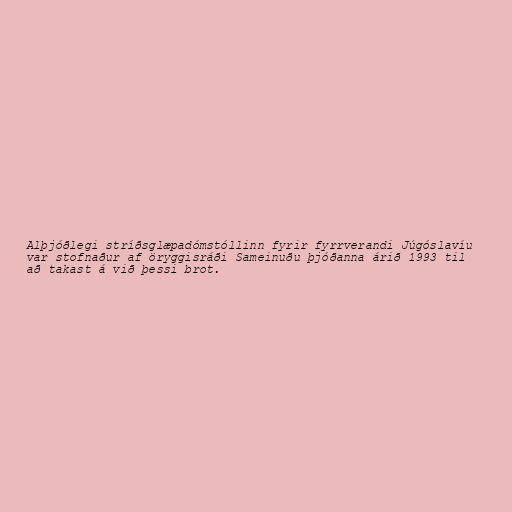
Alþjóðlegi stríðsglæpadómstóllinn fyrir fyrrverandi Júgóslavíu
var stofnaður af öryggisráði Sameinuðu þjóðanna árið 1993 til
að takast á við þessi brot.